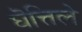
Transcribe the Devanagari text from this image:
घॆत्तिले